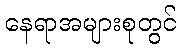
နေရာအများစုတွင်